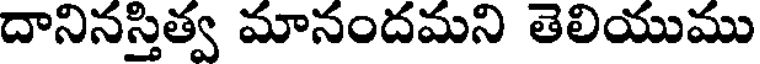
దానినస్తిత్వ మానందమని తెలియుము